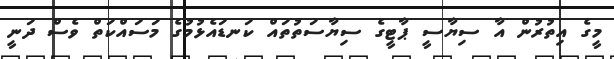
މީގެ އިތުރުން އާ ސިޔާސީ ޕާޓީގެ ސިޔާސަތުތައް ކަނޑައެޅުމުގެ މަސައްކަތް ވެސް ދަނީ